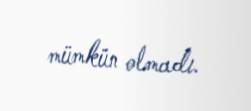
mümkün olmadı.